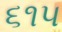
૬૧૫